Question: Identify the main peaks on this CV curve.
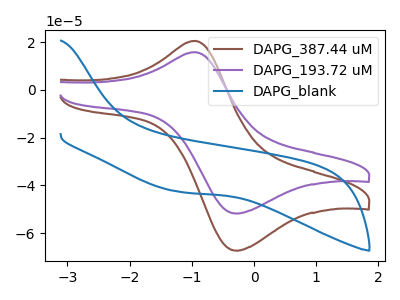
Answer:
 <answer>The brown curve "DAPG_387.44 uM" has an anodic peak at (-0.95V, 20.50uA) and a cathodic peak at (-0.30V, -67.30uA). The purple curve "DAPG_193.72 uM" has an anodic peak at (-0.95V, 15.75uA) and a cathodic peak at (-0.30V, -51.75uA). The blue curve "DAPG_blank" has no peaks.</answer>
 <eval></eval>